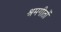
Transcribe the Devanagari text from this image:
श्रमगीतों